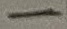
Text: -